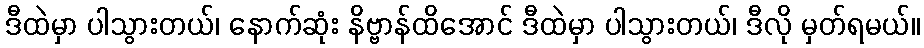
ဒီထဲမှာ ပါသွားတယ်၊ နောက်ဆုံး နိဗ္ဗာန်ထိအောင် ဒီထဲမှာ ပါသွားတယ်၊ ဒီလို မှတ်ရမယ်။